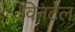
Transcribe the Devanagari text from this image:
विनटेल